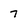
Character: 7